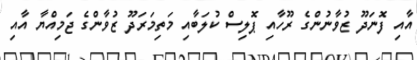
އާއި ފޮނަދޫ ޒުވާނުންގެ ރޫހާއި ޕޮލިސް ކުލަބާއި މަތިމަރަދޫ ޒުވާންގެ ޖަމިއްޔާ އާއި